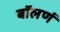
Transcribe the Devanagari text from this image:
बॉलणं